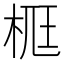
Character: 𣒸